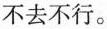
不去不行。